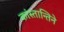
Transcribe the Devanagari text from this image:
कांस्तान्तिने